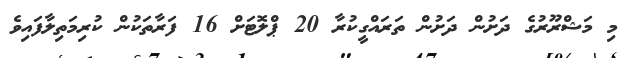
މި މަޝްރޫރުގެ ދަށުން ދަށުން ތަރައްގީކުރާ 20 ޕްލޮޓަށް 16 ފަރާތަކުން ކުރިމަތިލާފައިވެ